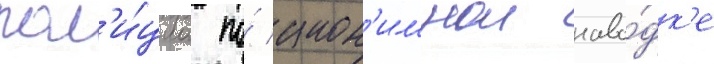
пол'и́циа по́ анон'имнои наво́дк'е